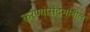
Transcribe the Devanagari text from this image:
करण्यासंदर्भातील